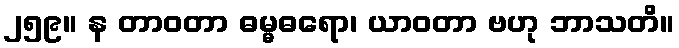
၂၅၉။ န တာဝတာ ဓမ္မဓရော၊ ယာဝတာ ဗဟု ဘာသတိ။